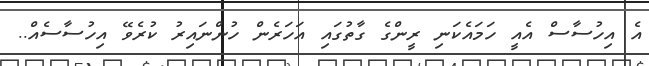
އެ އިހުސާސް އެއީ ހަމައެކަނި ރީންގެ ގާތުގައި އަހަރެން ހުންނައިރު ކުރެވޭ އިހުސާސެއް..